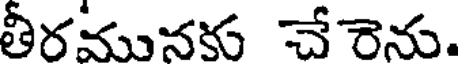
తీరమునకు చేరెను.